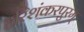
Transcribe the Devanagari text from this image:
हरिशंकरपुरम्